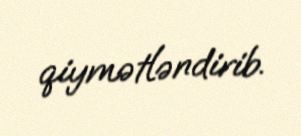
qiymətləndirib.